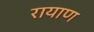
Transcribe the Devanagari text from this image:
रायाण